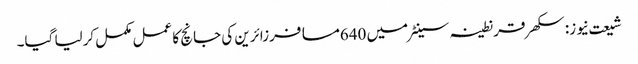
شیعت نیوز: سکھر قرنطینہ سینٹرمیں 640مسافرزائرین کی جانچ کا عمل مکمل کرلیا گیا۔